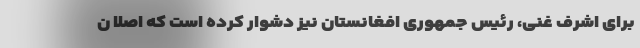
برای اشرف غنی، رئیس جمهوری افغانستان نیز دشوار کرده است که اصلا ن